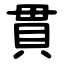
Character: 貫